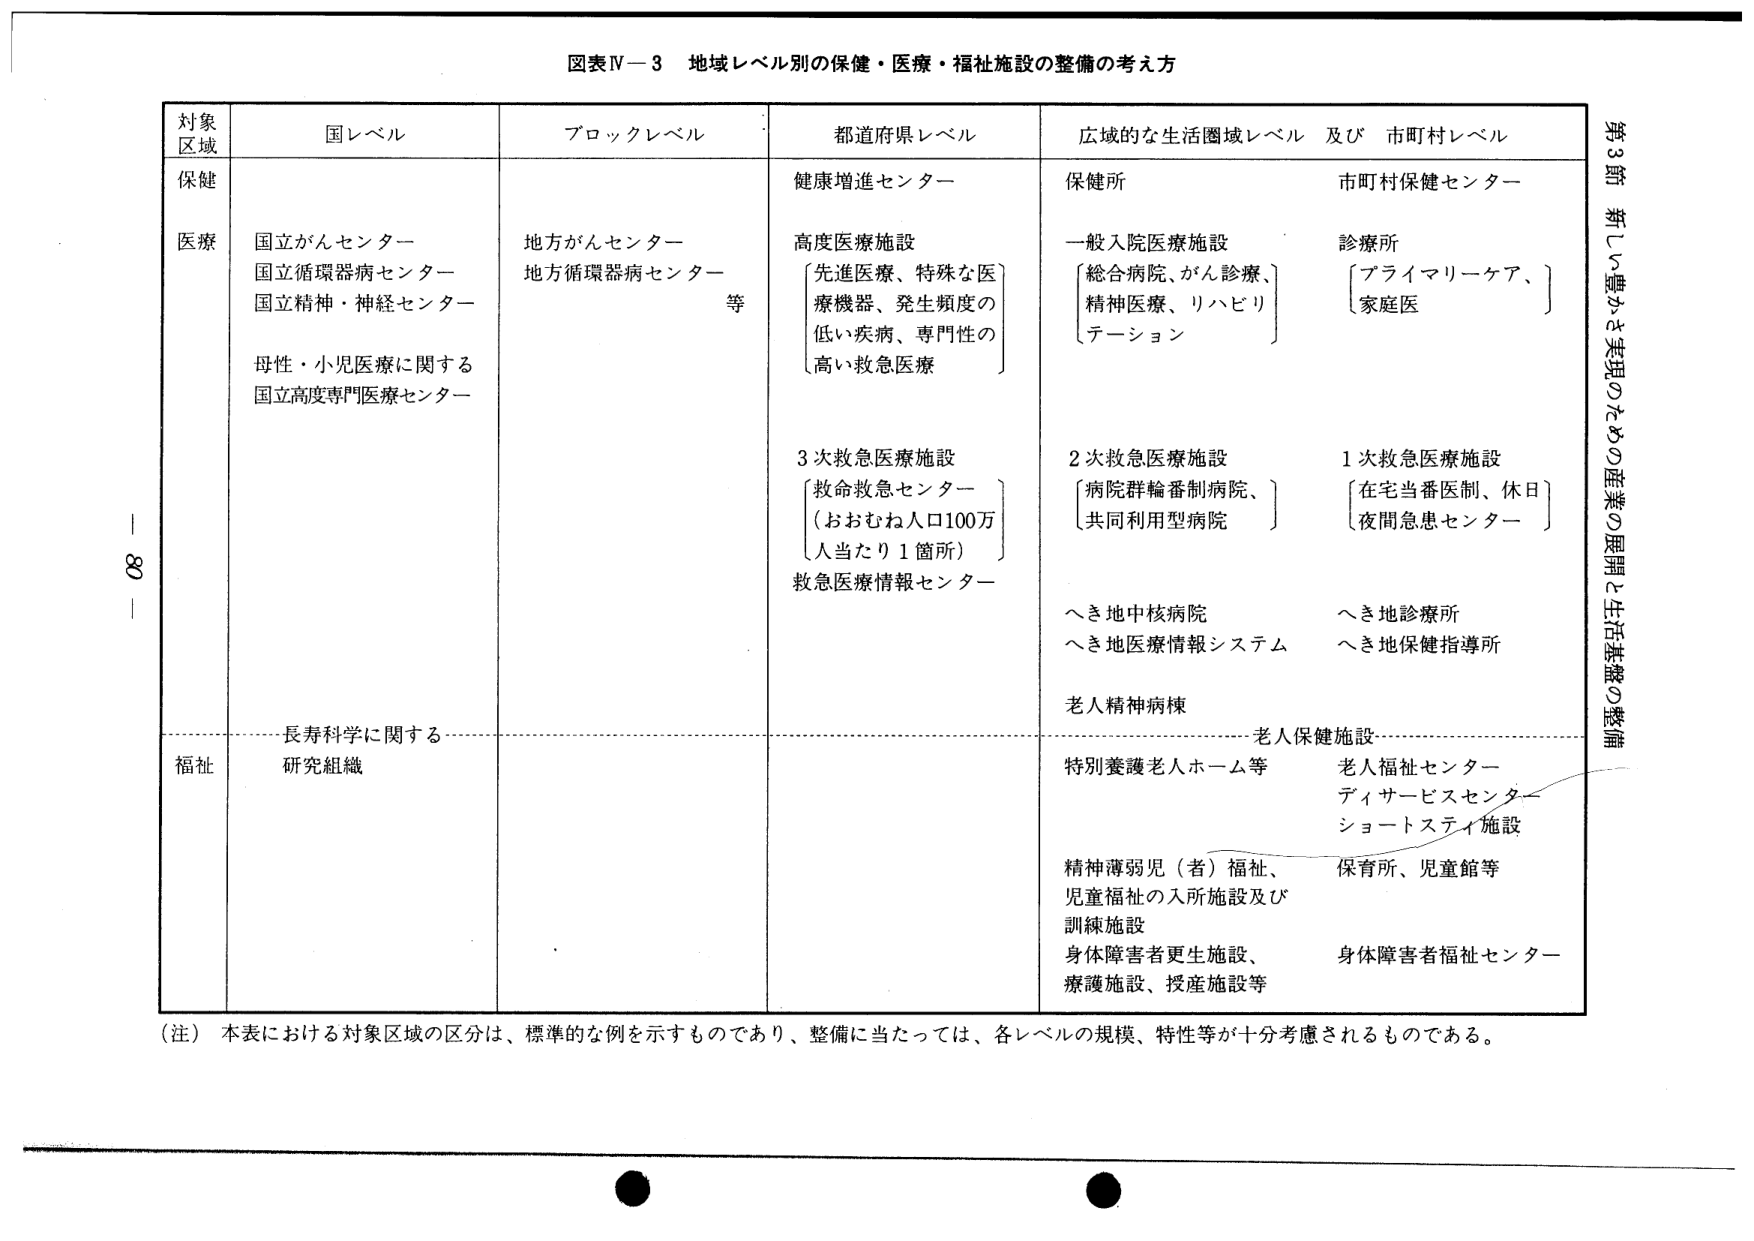
図表Ⅳ－３ 地域レベル別の保健・医療・福祉施設の整備の考え方

対象
区域

国レベル

ブロックレベル

都道府県レベル

広域的な生活圏域レベル 及び 市町村レベル

保健

健康増進センター

保健所

市町村保健センター

医療

国立がんセンター
国立循環器病センター
国立精神・神経センター

母性・小児医療に関する
国立高度専門医療センター

地方がんセンター
地方循環器病センター
等

高度医療施設
〔先進医療、特殊な医
療機器、発生頻度の
低い疾病、専門性の
高い救急医療〕

一般入院医療施設
〔総合病院、がん診療、
精神医療、リハビリ
テーション〕

診療所
〔プライマリーケア、
家庭医〕

3次救急医療施設
〔救命救急センター
（おおむね人口100万
人当たり1箇所）〕
救急医療情報センター

2次救急医療施設
〔病院群輪番制病院、
共同利用型病院〕

1次救急医療施設
〔在宅当番医制、休日
夜間急患センター〕

へき地中核病院
へき地医療情報システム

へき地診療所
へき地保健指導所

老人精神病棟

長寿科学に関する

老人保健施設

福祉

研究組織

特別養護老人ホーム等

老人福祉センター
ディサービスセンター
ショートステイ施設

精神薄弱児（者）福祉、
児童福祉の入所施設及び
訓練施設
身体障害者更生施設、
療護施設、授産施設等

保育所、児童館等

身体障害者福祉センター

（注）本表における対象区域の区分は、標準的な例を示すものであり、整備に当たっては、各レベルの規模、特性等が十分考慮されるものである。

第3節 新しい豊かさ実現のための産業の展開と生活基盤の整備

－80－